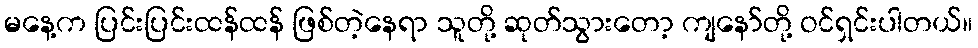
မနေ့က ပြင်းပြင်းထန်ထန် ဖြစ်တဲ့နေရာ သူတို့ ဆုတ်သွားတော့ ကျနော်တို့ ဝင်ရှင်းပါတယ်။